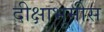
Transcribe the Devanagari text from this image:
दीक्षाभूमीस